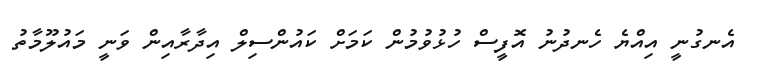
އެނގުނީ އިއްޔެ ހެނދުނު އޮފީސް ހުޅުވުމުން ކަމަށް ކައުންސިލް އިދާރާއިން ވަނީ މައުލޫމާތު